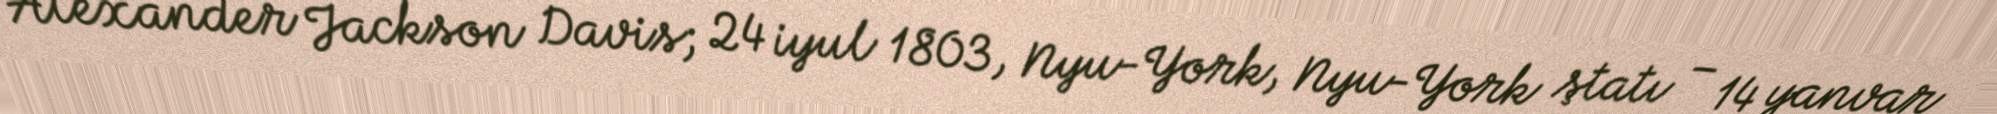
Alexander Jackson Davis; 24 iyul 1803, Nyu-York, Nyu-York ştatı – 14 yanvar